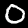
Digit: 0